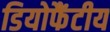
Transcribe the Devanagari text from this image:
डियोफैंटीय